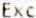
EXC